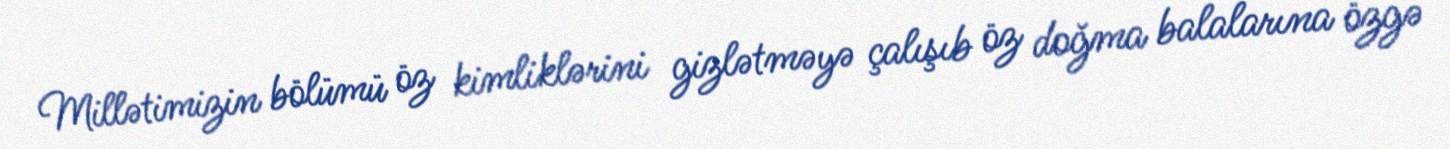
Millətimizin bölümü öz kimliklərini gizlətməyə çalışıb öz doğma balalarına özgə